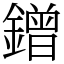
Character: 鏳